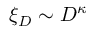
\xi _ { D } \sim D ^ { \kappa }